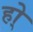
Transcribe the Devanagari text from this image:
हो्